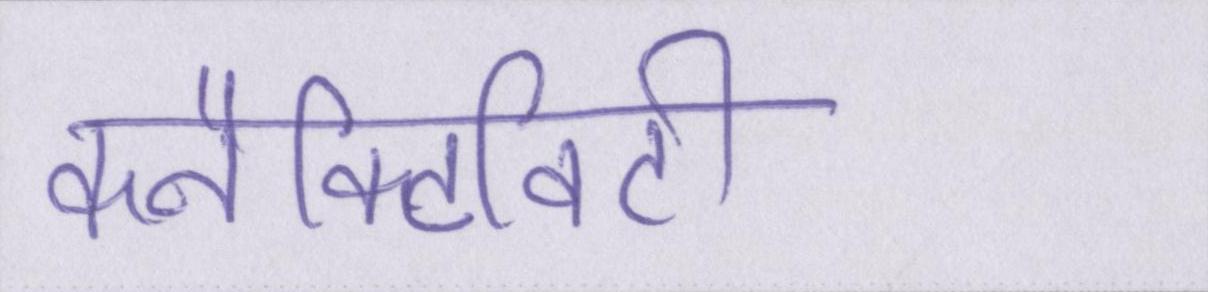
कनैक्टिविटी